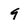
Character: 9